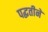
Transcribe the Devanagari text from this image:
पद्धतीनें